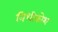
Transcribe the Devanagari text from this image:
निधीकोश